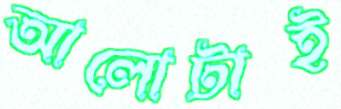
আলোটাই